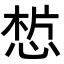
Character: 𢜣